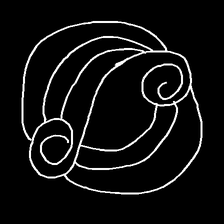
Glyph: wind-underfoot